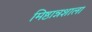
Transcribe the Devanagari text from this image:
मिष्ठान्नशाला